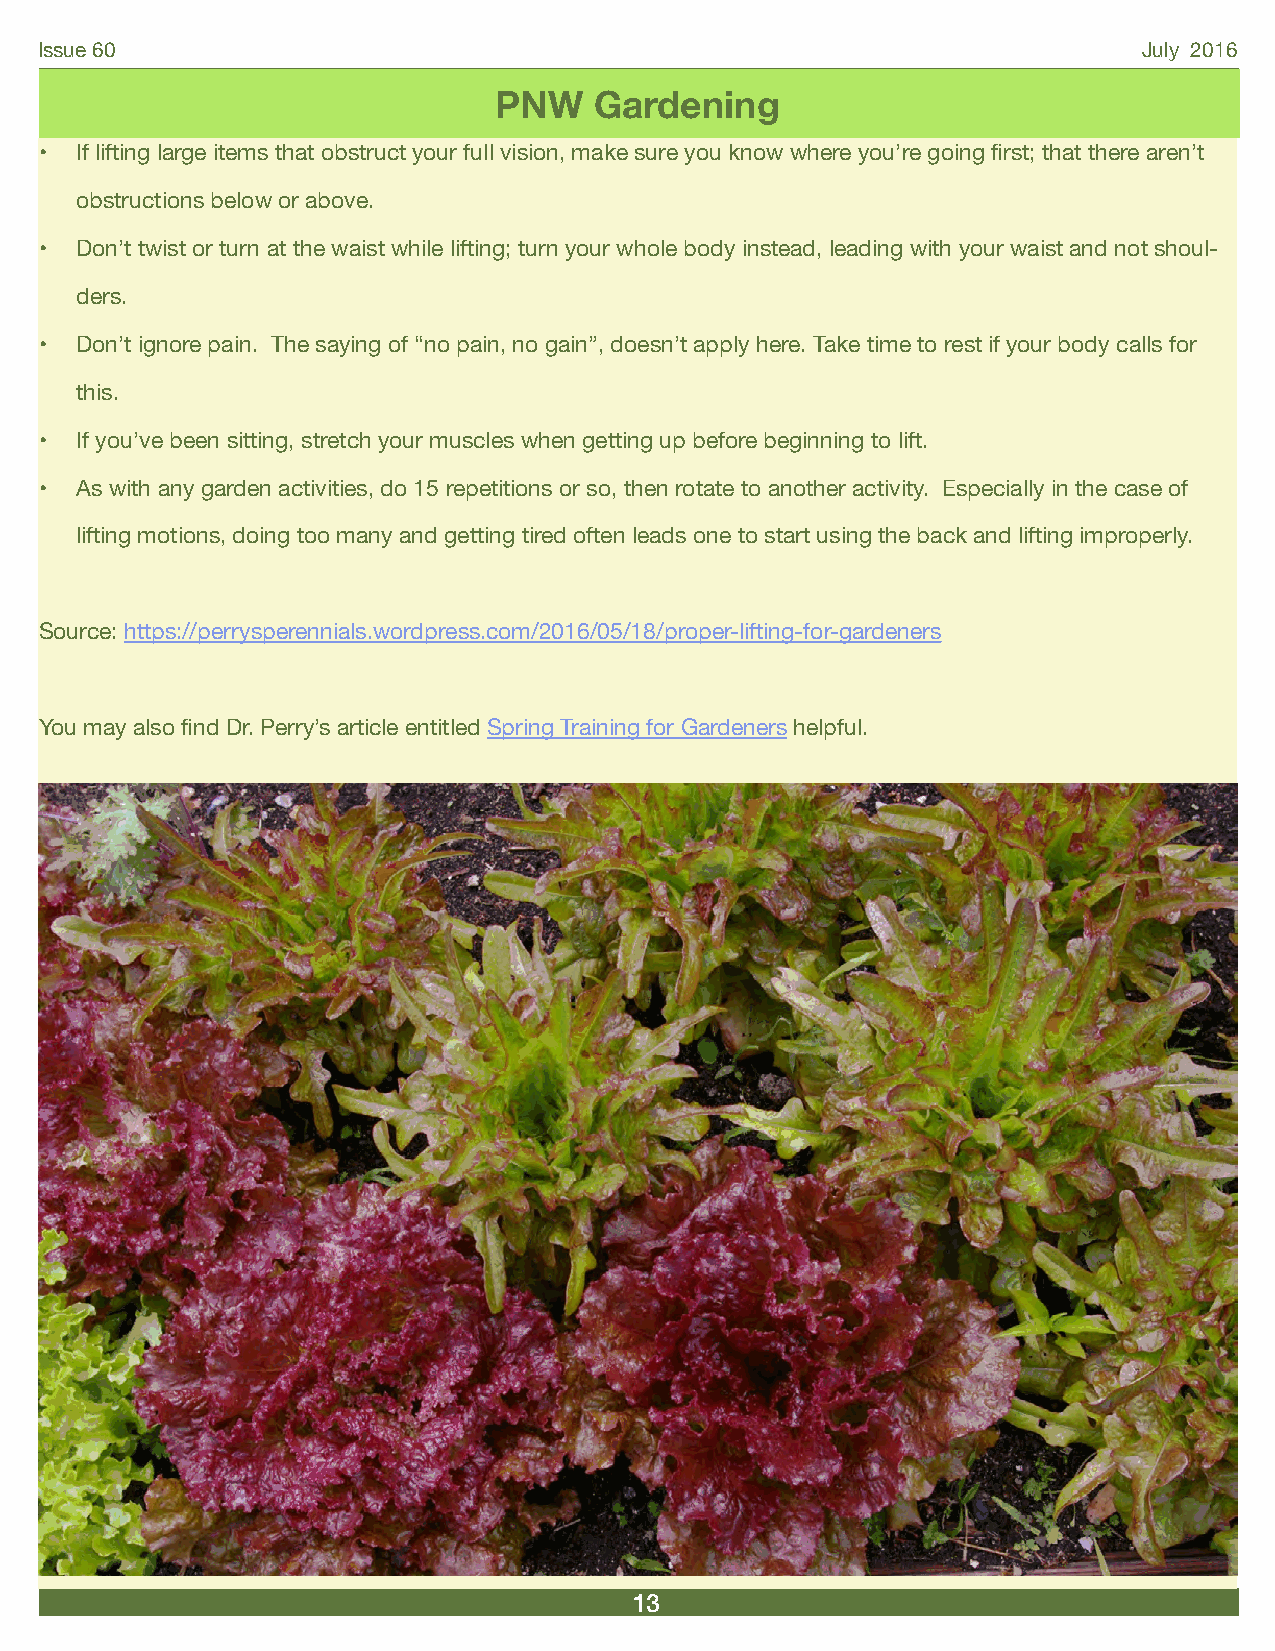
Issue 60                                                                  July 2016
 PNW   Gardening
 • If lifting large items that obstruct your full vision, make sure you know where you’re going first; that there aren’t
 obstructions below or above.
 • Don’t twist or turn at the waist while lifting; turn your whole body instead, leading with your waist and not shoul-
 ders.
 • Don’t ignore pain. The saying of “no pain, no gain”, doesn’t apply here. Take time to rest if your body calls for
 this.
 • If you’ve been sitting, stretch your muscles when getting up before beginning to lift.
 • As with any garden activities, do 15 repetitions or so, then rotate to another activity. Especially in the case of
 lifting motions, doing too many and getting tired often leads one to start using the back and lifting improperly.
 Source: https://perrysperennials.wordpress.com/2016/05/18/proper-lifting-for-gardeners
 You may also find Dr. Perry’s article entitled Spring Training for Gardeners helpful.
 13